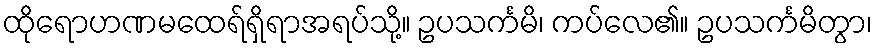
ထိုရောဟဏမထေရ်ရှိရာအရပ်သို့။ ဥပသင်္ကမိ၊ ကပ်လေ၏။ ဥပသင်္ကမိတွာ၊